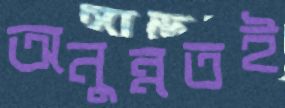
অনুন্নতই